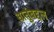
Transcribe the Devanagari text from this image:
धातूंबद्दल